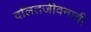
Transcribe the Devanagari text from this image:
दलितजीवनाची